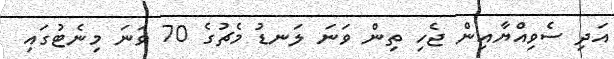
އަދި ސެވިއްޔާއިން ޖެހި ތިން ވަނަ ލަނޑު މެޗުގެ 70 ވަނަ މިނެޓުގައި